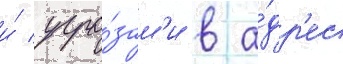
и́ угро́зам'и в а́др'ес